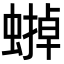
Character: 𧐼